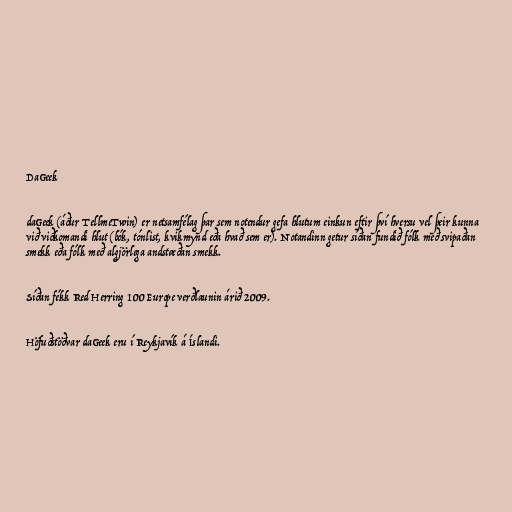
DaGeek

daGeek (áður TellmeTwin) er netsamfélag þar sem notendur gefa hlutum einkun eftir því hversu vel þeir kunna
við viðkomandi hlut (bók, tónlist, kvikmynd eða hvað sem er). Notandinn getur síðan fundið fólk með svipaðan
smekk eða fólk með algjörlega andstæðan smekk.

Síðan fékk Red Herring 100 Europe verðlaunin árið 2009.

Höfuðstöðvar daGeek eru í Reykjavík á Íslandi.